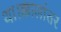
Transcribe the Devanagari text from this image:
था।क्कालांतर